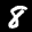
Label: 8